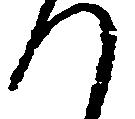
つ